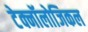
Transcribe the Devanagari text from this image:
टेक्नॉलोजिकल